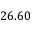
2 6 . 6 0